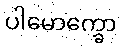
ပါမောက္ခော